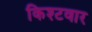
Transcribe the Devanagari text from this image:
किश्टवार